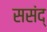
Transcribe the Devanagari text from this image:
ससंद्